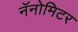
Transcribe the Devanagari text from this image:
नॅनोमिटर